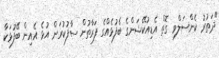
"ދަތުރު ކެންސަލްވި ގޮތް އެޑިއުކޭޝަންގެ ބެފުޅެއްގެ ފަރާތުން ސާފުކުރަން އުޅެ އެއިން ބޭފުޅަކާ